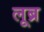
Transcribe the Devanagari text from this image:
लूब्र